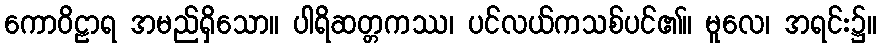
ကောဝိဠာရ အမည်ရှိသော။ ပါရိဆတ္တကဿ၊ ပင်လယ်ကသစ်ပင်၏။ မူလေ၊ အရင်း၌။